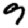
Digit: 9